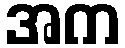
အက